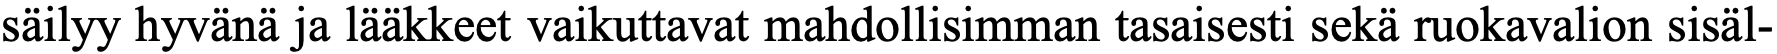
säilyy hyvänä ja lääkkeet vaikuttavat mahdollisimman tasaisesti sekä ruokavalion sisäl-